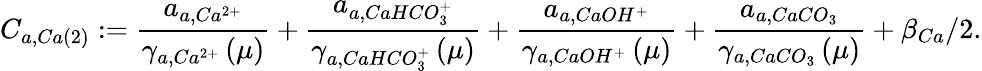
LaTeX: C_{a,Ca\left(2\right)}:=\frac{a_{a,Ca^{2+}}}{\gamma_{a,Ca^{2+}}\left(\mu\right)}+\frac{a_{a,CaHCO_{3}^{+}}}{\gamma_{a,CaHCO_{3}^{+}}\left(\mu\right)}+\frac{a_{a,CaOH^{+}}}{\gamma_{a,CaOH^{+}}\left(\mu\right)}+\frac{a_{a,CaCO_{3}}}{\gamma_{a,CaCO_{3}}\left(\mu\right)}+\beta_{Ca}/2.